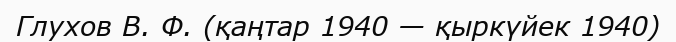
Глухов В. Ф. (қаңтар 1940 — қыркүйек 1940)